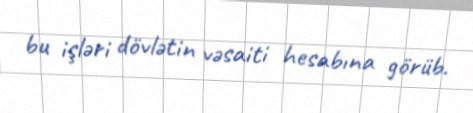
bu işləri dövlətin vəsaiti hesabına görüb.